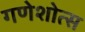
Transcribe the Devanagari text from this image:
गणेशोत्स